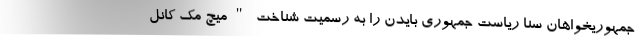
جمهوریخواهان سنا ریاست جمهوری بایدن را به رسمیت شناخت "میچ مک کانل